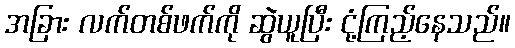
အခြား လက်တစ်ဖက်ကို ဆွဲယူပြီး ငုံ့ကြည့်နေသည်။